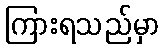
ကြားရသည်မှာ